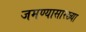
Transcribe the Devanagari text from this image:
जमण्यासारख्या